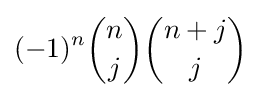
(-1)^{n}{n \choose j}{n+j \choose j}